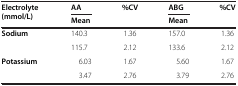
| <ROWSPAN=2> Electrolyte (mmol/L) | AA | %CV | ABG | %CV |
 | Mean |  | Mean |  |
 | --- | --- | --- | --- | --- |
 | Sodium | 140.3 | 1.36 | 157.0 | 1.36 |
 |  | 115.7 | 2.12 | 133.6 | 2.12 |
 | Potassium | 6.03 | 1.67 | 5.60 | 1.67 |
 |  | 3.47 | 2.76 | 3.79 | 2.76 |